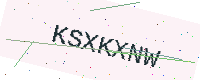
Text: KSXKXNW